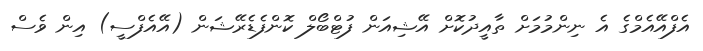
އެފްއޭއެމްގެ އެ ނިންމުމަށް ތާއީދުކޮށް އޭޝިއަން ފުޓްބޯލް ކޮންފެޑެރޭޝަން (އޭއެފްސީ) އިން ވެސް